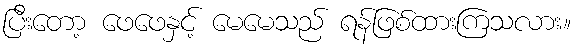
ပြီးတော့ ဖေဖေနှင့် မေမေသည် ရန်ဖြစ်ထားကြသလား။